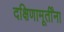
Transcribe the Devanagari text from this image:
दक्षिणामूर्तींना